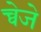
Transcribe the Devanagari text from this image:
च्वेजे